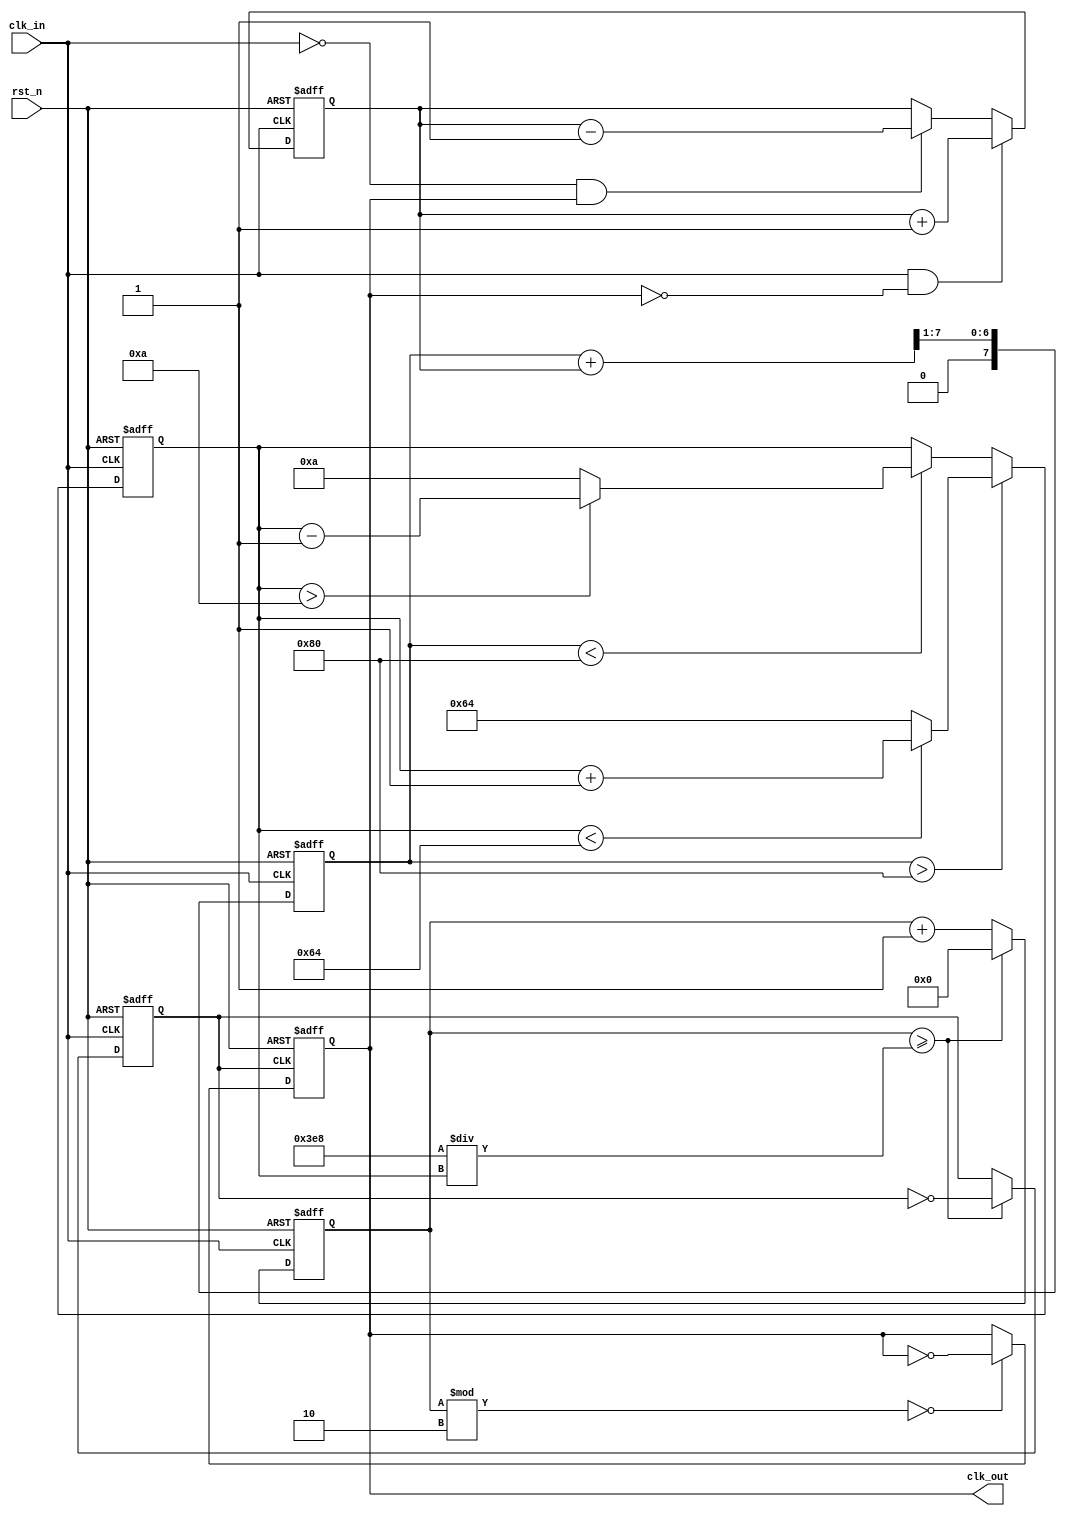
module clock_recovery_pll (
    input wire clk_in,       // Input clock (data stream)
    input wire rst_n,        // Active low reset
    output reg clk_out       // Output clock (recovered clock)
);

// Parameters
parameter integer VCO_MAX_FREQ = 100; // Max frequency for VCO (arbitrary value)
parameter integer VCO_MIN_FREQ = 10;   // Min frequency for VCO (arbitrary value)
parameter integer DIV_FACTOR = 2;       // Frequency divider factor

// Internal signals
reg [7:0] phase_error;    // Phase error signal from PD
reg [7:0] control_voltage; // Control voltage for VCO
reg [7:0] vco_freq;       // Current frequency of VCO
reg [31:0] counter;        // Counter for clock generation
reg vco_out;              // VCO output clock

// Phase Detector (PD)
always @(posedge clk_in or negedge rst_n) begin
    if (!rst_n) begin
        phase_error <= 0;
    end else begin
        // Simple phase detection logic (could be more complex)
        if (clk_in && !clk_out) begin
            phase_error <= phase_error + 1; // Increment phase error on rising edge
        end else if (!clk_in && clk_out) begin
            phase_error <= phase_error - 1; // Decrement phase error on falling edge
        end
    end
end

// Low Pass Filter (LPF)
always @(posedge clk_in or negedge rst_n) begin
    if (!rst_n) begin
        control_voltage <= 0;
    end else begin
        // Simple LPF: averaging the phase error
        control_voltage <= (control_voltage + phase_error) >> 1; // Simple averaging
    end
end

// Voltage-Controlled Oscillator (VCO)
always @(posedge clk_in or negedge rst_n) begin
    if (!rst_n) begin
        vco_freq <= VCO_MIN_FREQ;
    end else begin
        // Adjust VCO frequency based on control voltage
        if (control_voltage > 128) begin
            vco_freq <= (vco_freq < VCO_MAX_FREQ) ? vco_freq + 1 : VCO_MAX_FREQ;
        end else if (control_voltage < 128) begin
            vco_freq <= (vco_freq > VCO_MIN_FREQ) ? vco_freq - 1 : VCO_MIN_FREQ;
        end
    end
end

// Generate VCO output clock
always @(posedge clk_in or negedge rst_n) begin
    if (!rst_n) begin
        counter <= 0;
        vco_out <= 0;
    end else begin
        counter <= counter + 1;
        if (counter >= (1000 / vco_freq)) begin // Adjust based on desired frequency
            vco_out <= ~vco_out; // Toggle output clock
            counter <= 0;
        end
    end
end

// Frequency Divider (optional)
always @(posedge vco_out or negedge rst_n) begin
    if (!rst_n) begin
        clk_out <= 0;
    end else begin
        if (counter % DIV_FACTOR == 0) begin
            clk_out <= ~clk_out; // Divide the frequency
        end
    end
end

endmodule